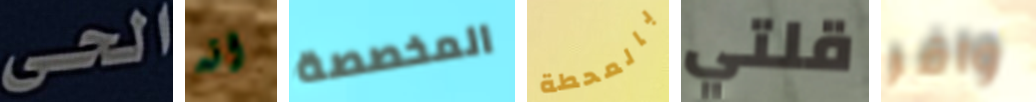
الحى انه المخصصة بالمحطة قلتي وافر